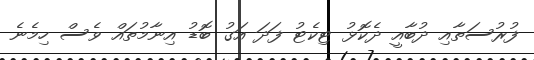
ފުރުސަތާއި ދުބާއީ ދެކޮޅު ޓިކެޓު ފަދަ އަގު ބޮޑު އިނާމުތައް ވެސް ހިމެނެ